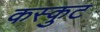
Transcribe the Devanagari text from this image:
कस्कुट